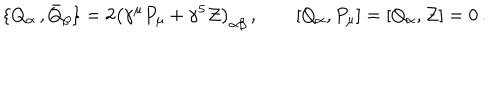
\{ Q _ { \alpha } \, , { \bar { Q } } _ { \beta } \} = 2 \left( \gamma ^ { \mu } P _ { \mu } + \gamma ^ { 5 } { \cal Z } \right) _ { \alpha \beta } \, , \qquad \left[ Q _ { \alpha } , P _ { \mu } \right] = \left[ Q _ { \alpha } , { \cal Z } \right] = 0 \, .